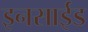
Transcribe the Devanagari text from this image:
इनसाईड